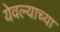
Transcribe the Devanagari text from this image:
येवल्याच्या